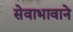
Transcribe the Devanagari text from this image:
सेवाभावाने